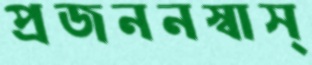
প্রজননস্বাস্